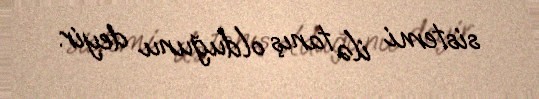
sistemi ilə tanış olduğunu deyir.